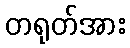
တရုတ်အား